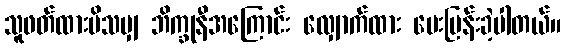
သူဖတ်ထားမိသမျှ ဘိက္ခုနီအကြောင်း လျှောက်ထား မေးမြန်းခဲ့ပါတယ်။